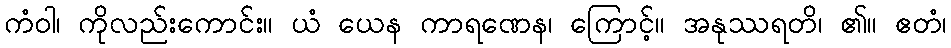
ကံဝါ၊ ကိုလည်းကောင်း။ ယံ ယေန ကာရဏေန၊ ကြောင့်။ အနုဿရတိ၊ ၏။ ဧတံ၊